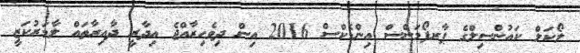
ލޯކަލް ކައުންސިލްގެ ޕާރފޯމަންސް އިންޑެކްސް 2016 އިން ދިވެހިރާއްޖެ އިދާރީ ދާއިރާތައް ލާމަރުކަޒީ